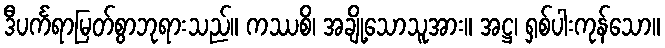
ဒီပင်္ကရာမြတ်စွာဘုရားသည်။ ကဿစိ၊ အချို့သောသူအား။ အဋ္ဌ၊ ရှစ်ပါးကုန်သော။